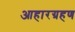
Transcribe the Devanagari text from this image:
आहारग्रहण